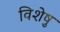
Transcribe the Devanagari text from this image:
विशेषु